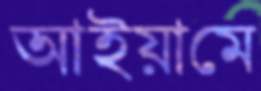
আইয়ামে